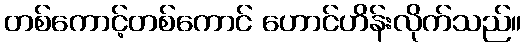
တစ်ကောင့်တစ်ကောင် ဟောင်ဟိန်းလိုက်သည်။